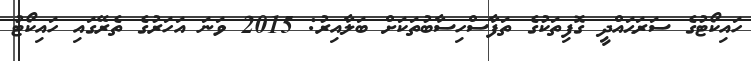
ހައިކޯޓުގެ ސަރަޙައްދީ ގޮފިތަކުގެ ތަފާސްހިސާބުތަކަށް ބަލާއިރު: 2015 ވަނަ އަހަރުގެ ތެރޭގައި ހައިކޯޓު